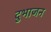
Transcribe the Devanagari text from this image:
दुभाजन